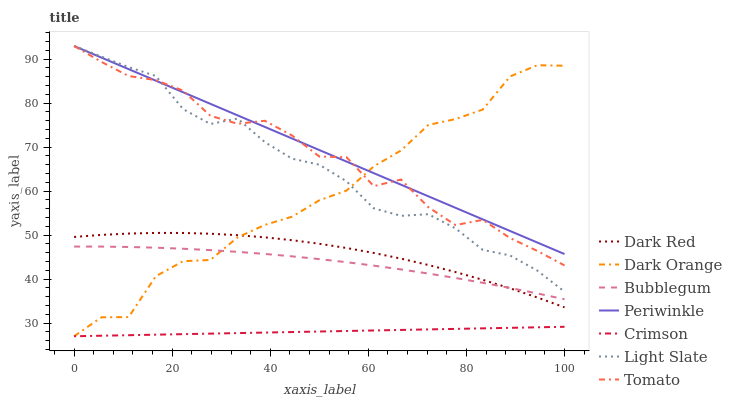
| xaxis_label | Dark Red | Dark Orange | Bubblegum | Periwinkle | Crimson | Light Slate | Tomato |
 | --- | --- | --- | --- | --- | --- | --- | --- |
 | 0 | 49.6 | 27 | 47.4 | 93 | 27 | 93 | 93 |
 | 5.56 | 50 | 31.3 | 47.4 | 90.4 | 27.1 | 90.6 | 89.4 |
 | 11.1 | 50.4 | 31.4 | 47.3 | 87.7 | 27.2 | 88.2 | 86.2 |
 | 16.7 | 50.5 | 40.7 | 47.1 | 85.1 | 27.4 | 86.2 | 85.2 |
 | 22.2 | 50.5 | 44.1 | 46.9 | 82.5 | 27.5 | 78.7 | 82.9 |
 | 27.8 | 50.3 | 44.3 | 46.6 | 79.9 | 27.6 | 75.3 | 77.1 |
 | 33.3 | 50 | 49.5 | 46.2 | 77.2 | 27.7 | 76.5 | 75.3 |
 | 38.9 | 49.5 | 52.3 | 45.7 | 74.6 | 27.8 | 71.1 | 76 |
 | 44.4 | 48.8 | 54.2 | 45.2 | 72 | 28 | 67.4 | 72.7 |
 | 50 | 48 | 57.9 | 44.5 | 69.3 | 28.1 | 66 | 67.9 |
 | 55.6 | 47.1 | 60.1 | 43.8 | 66.7 | 28.2 | 62.2 | 67.7 |
 | 61.1 | 45.9 | 65.6 | 43.1 | 64.1 | 28.3 | 56.1 | 61.1 |
 | 66.7 | 44.7 | 69.2 | 42.2 | 61.5 | 28.4 | 54.4 | 62.6 |
 | 72.2 | 43.2 | 75 | 41.3 | 58.8 | 28.6 | 54.8 | 56.4 |
 | 77.8 | 41.6 | 76.4 | 40.2 | 56.2 | 28.7 | 51.5 | 52.3 |
 | 83.3 | 39.8 | 78.6 | 39.2 | 53.6 | 28.8 | 46.6 | 53.5 |
 | 88.9 | 37.9 | 86.1 | 38 | 50.9 | 28.9 | 45.4 | 49.3 |
 | 94.4 | 35.8 | 88.6 | 36.7 | 48.3 | 29 | 41.9 | 46.4 |
 | 100 | 33.6 | 88.5 | 35.4 | 45.7 | 29.2 | 37.1 | 43.1 |